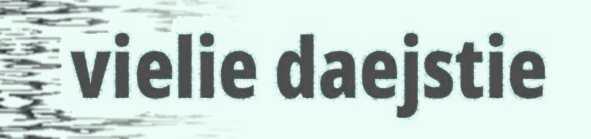
vielie daejstie